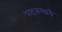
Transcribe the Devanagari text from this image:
पदकधारी